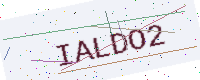
Text: IALDO2